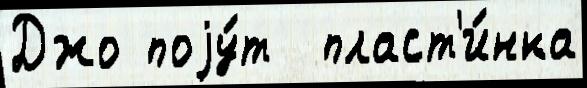
Джо поjу́т  пласт'и́нка